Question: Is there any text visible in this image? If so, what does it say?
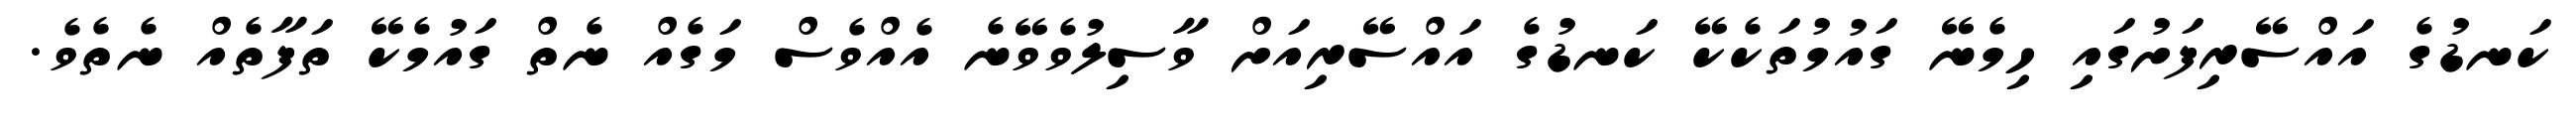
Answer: ކަނޑުގެ އައްސޭރިފަށުގައި ހިމެނޭ ގައުމުތަކެކޭ ކަނޑުގެ އައްސޭރިއަށް ވާސިލުވެވޭނެ އެއްވެސް މަގެއް ނެތް ގައުމެކޭ ތަފާތެއް ނެތެވެ.